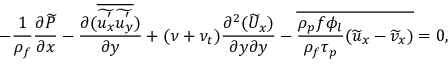
- \frac { 1 } { \rho _ { f } } \frac { \partial \widetilde { P } } { \partial x } - \frac { \partial ( \overline { { \widetilde { u _ { x } ^ { ' } } \widetilde { u _ { y } ^ { ' } } } } ) } { \partial y } + ( \nu + \nu _ { t } ) \frac { \partial ^ { 2 } ( \widetilde { U } _ { x } ) } { \partial y \partial y } - \overline { { \frac { \rho _ { p } f \phi _ { l } } { \rho _ { f } \tau _ { p } } ( \widetilde { u } _ { x } - \widetilde { v } _ { x } ) } } = 0 ,